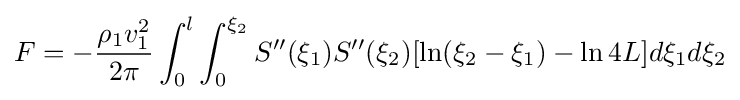
F=-{\frac {\rho _{1}v_{1}^{2}}{2\pi }}\int _{0}^{l}\int _{0}^{\xi _{2}}S''(\xi _{1})S''(\xi _{2})[\ln(\xi _{2}-\xi _{1})-\ln 4L]d\xi _{1}d\xi _{2}